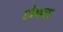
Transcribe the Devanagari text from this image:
टोचता